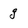
Character: g